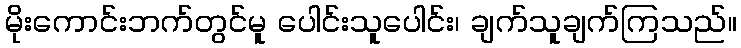
မိုးကောင်းဘက်တွင်မူ ပေါင်းသူပေါင်း၊ ချက်သူချက်ကြသည်။